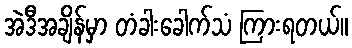
အဲဒီအချိန်မှာ တံခါးခေါက်သံ ကြားရတယ်။